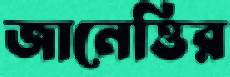
জানেত্তির